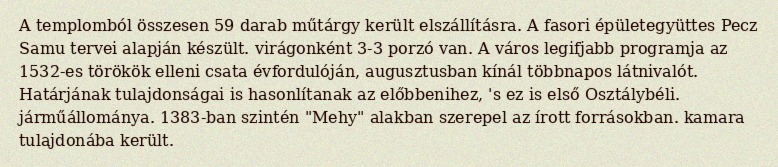
A templomból összesen 59 darab műtárgy került elszállításra. A fasori épületegyüttes Pecz Samu tervei alapján készült. virágonként 3-3 porzó van. A város legifjabb programja az 1532-es törökök elleni csata évfordulóján, augusztusban kínál többnapos látnivalót. Határjának tulajdonságai is hasonlítanak az előbbenihez, 's ez is első Osztálybéli. járműállománya. 1383-ban szintén "Mehy" alakban szerepel az írott forrásokban. kamara tulajdonába került.